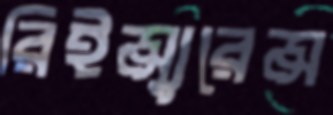
রিইন্স্যুরেন্স